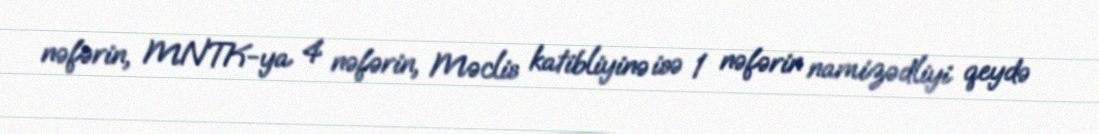
nəfərin, MNTK-ya 4 nəfərin, Məclis katibliyinə isə 1 nəfərin namizədliyi qeydə